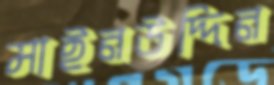
মাইনউদ্দিন